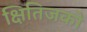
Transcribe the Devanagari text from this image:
क्षितिजको